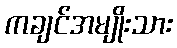
ကချင်အမျိုးသား